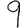
Digit: 9